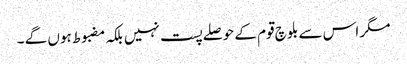
مگر اس سے بلوچ قوم کے حوصلے پست نہیں بلکہ مضبوط ہوں گے ۔